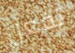
تفعل